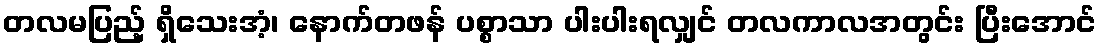
တလမပြည့် ရှိသေးအံ့၊ နောက်တဖန် ပစ္စာသာ ပါးပါးရလျှင် တလကာလအတွင်း ပြီးအောင်